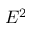
E ^ { 2 }